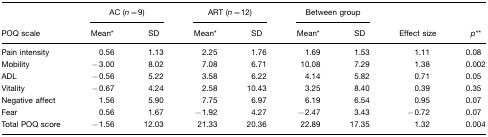
|  | <COLSPAN=2> AC (n=9) | <COLSPAN=2> ART (n=12) | <COLSPAN=2> Between group |  |  |
 | POQ scale | Mean* | SD | Mean* | SD | Mean* | SD | Effect size | p** |
 | --- | --- | --- | --- | --- | --- | --- | --- | --- |
 | Pain intensity | 0.56 | 1.13 | 2.25 | 1.76 | 1.69 | 1.53 | 1.11 | 0.08 |
 | Mobility | −3.00 | 8.02 | 7.08 | 6.71 | 10.08 | 7.29 | 1.38 | 0.002 |
 | ADL | −0.56 | 5.22 | 3.58 | 6.22 | 4.14 | 5.82 | 0.71 | 0.05 |
 | Vitality | −0.67 | 4.24 | 2.58 | 10.43 | 3.25 | 8.40 | 0.39 | 0.35 |
 | Negative affect | 1.56 | 5.90 | 7.75 | 6.97 | 6.19 | 6.54 | 0.95 | 0.07 |
 | Fear | 0.56 | 1.67 | −1.92 | 4.27 | −2.47 | 3.43 | −0.72 | 0.07 |
 | Total POQ score | −1.56 | 12.03 | 21.33 | 20.36 | 22.89 | 17.35 | 1.32 | 0.004 |